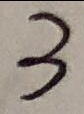
3